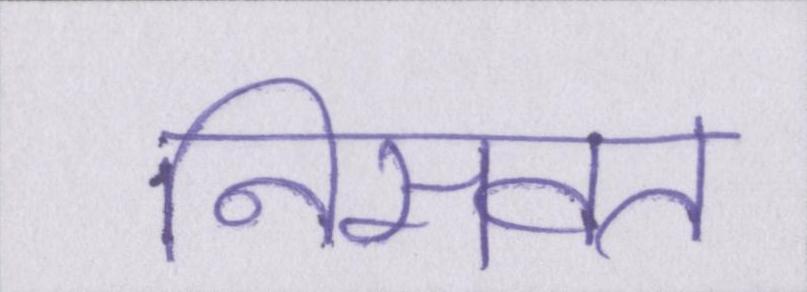
निसवत